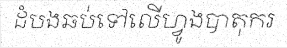
ដំបងឆប់ទៅលើហ្វូងបាតុករ